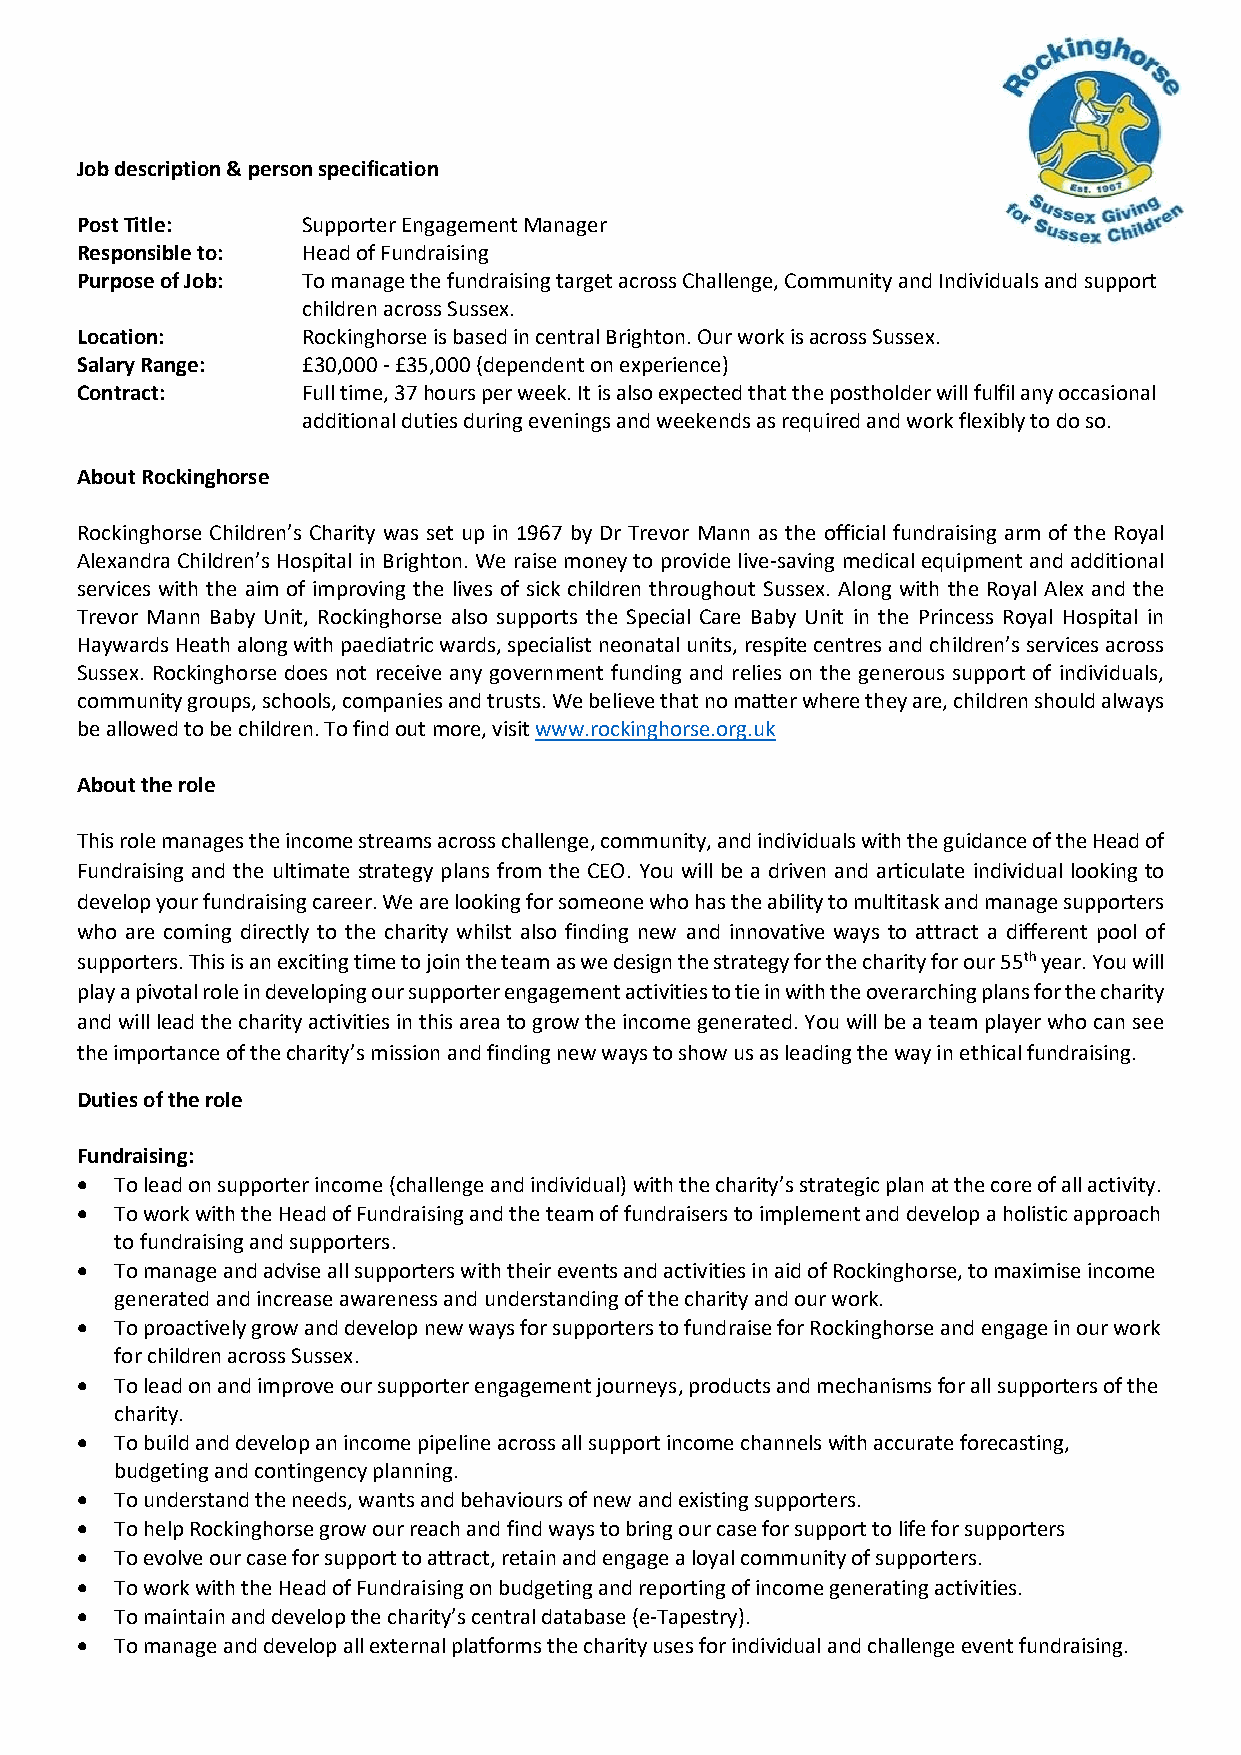
Job description & person specification
 Post Title:    Supporter Engagement Manager
 Responsible to: Head of Fundraising
 Purpose of Job: To manage the fundraising target across Challenge, Community and Individuals and support
 children across Sussex.
 Location:      Rockinghorse is based in central Brighton. Our work is across Sussex.
 Salary Range:  £30,000 - £35,000 (dependent on experience)
 Contract:      Full time, 37 hours per week. It is also expected that the postholder will fulfil any occasional
 additional duties during evenings and weekends as required and work flexibly to do so.
 About Rockinghorse
 Rockinghorse Children’s Charity was set up in 1967 by Dr Trevor Mann as the official fundraising arm of the Royal
 Alexandra Children’s Hospital in Brighton. We raise money to provide live-saving medical equipment and additional
 services with the aim of improving the lives of sick children throughout Sussex. Along with the Royal Alex and the
 Trevor Mann Baby Unit, Rockinghorse also supports the Special Care Baby Unit in the Princess Royal Hospital in
 Haywards Heath along with paediatric wards, specialist neonatal units, respite centres and children’s services across
 Sussex. Rockinghorse does not receive any government funding and relies on the generous support of individuals,
 community groups, schools, companies and trusts. We believe that no matter where they are, children should always
 be allowed to be children. To find out more, visit www.rockinghorse.org.uk
 About the role
 This role manages the income streams across challenge, community, and individuals with the guidance of the Head of
 Fundraising and the ultimate strategy plans from the CEO. You will be a driven and articulate individual looking to
 develop your fundraising career. We are looking for someone who has the ability to multitask and manage supporters
 who are coming directly to the charity whilst also finding new and innovative ways to attract a different pool of
 supporters. This is an exciting time to join the team as we design the strategy for the charity for our 55th year. You will
 play a pivotal role in developing our supporter engagement activities to tie in with the overarching plans for the charity
 and will lead the charity activities in this area to grow the income generated. You will be a team player who can see
 the importance of the charity’s mission and finding new ways to show us as leading the way in ethical fundraising.
 Duties of the role
 Fundraising:
 •  To lead on supporter income (challenge and individual) with the charity’s strategic plan at the core of all activity.
 •  To work with the Head of Fundraising and the team of fundraisers to implement and develop a holistic approach
 to fundraising and supporters.
 •  To manage and advise all supporters with their events and activities in aid of Rockinghorse, to maximise income
 generated and increase awareness and understanding of the charity and our work.
 •  To proactively grow and develop new ways for supporters to fundraise for Rockinghorse and engage in our work
 for children across Sussex.
 •  To lead on and improve our supporter engagement journeys, products and mechanisms for all supporters of the
 charity.
 •  To build and develop an income pipeline across all support income channels with accurate forecasting,
 budgeting and contingency planning.
 •  To understand the needs, wants and behaviours of new and existing supporters.
 •  To help Rockinghorse grow our reach and find ways to bring our case for support to life for supporters
 •  To evolve our case for support to attract, retain and engage a loyal community of supporters.
 •  To work with the Head of Fundraising on budgeting and reporting of income generating activities.
 •  To maintain and develop the charity’s central database (e-Tapestry).
 •  To manage and develop all external platforms the charity uses for individual and challenge event fundraising.